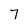
Character: 7